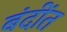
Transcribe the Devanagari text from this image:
बंदींत